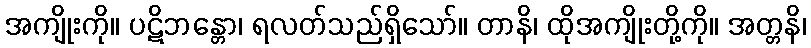
အကျိုးကို။ ပဋိဘန္တော၊ ရလတ်သည်ရှိသော်။ တာနိ၊ ထိုအကျိုးတို့ကို။ အတ္တနိ၊